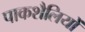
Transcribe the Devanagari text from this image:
पाकशैलियों